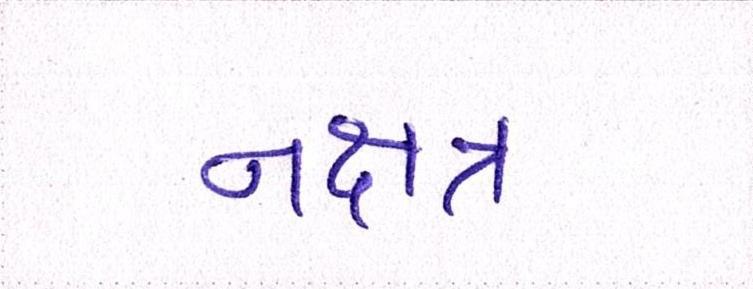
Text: નક્ષત્ર